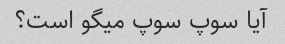
آیا سوپ سوپ میگو است؟